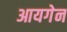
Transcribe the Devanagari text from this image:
आयगेन